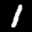
Label: 1